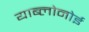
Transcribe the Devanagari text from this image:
याब्लोनोई